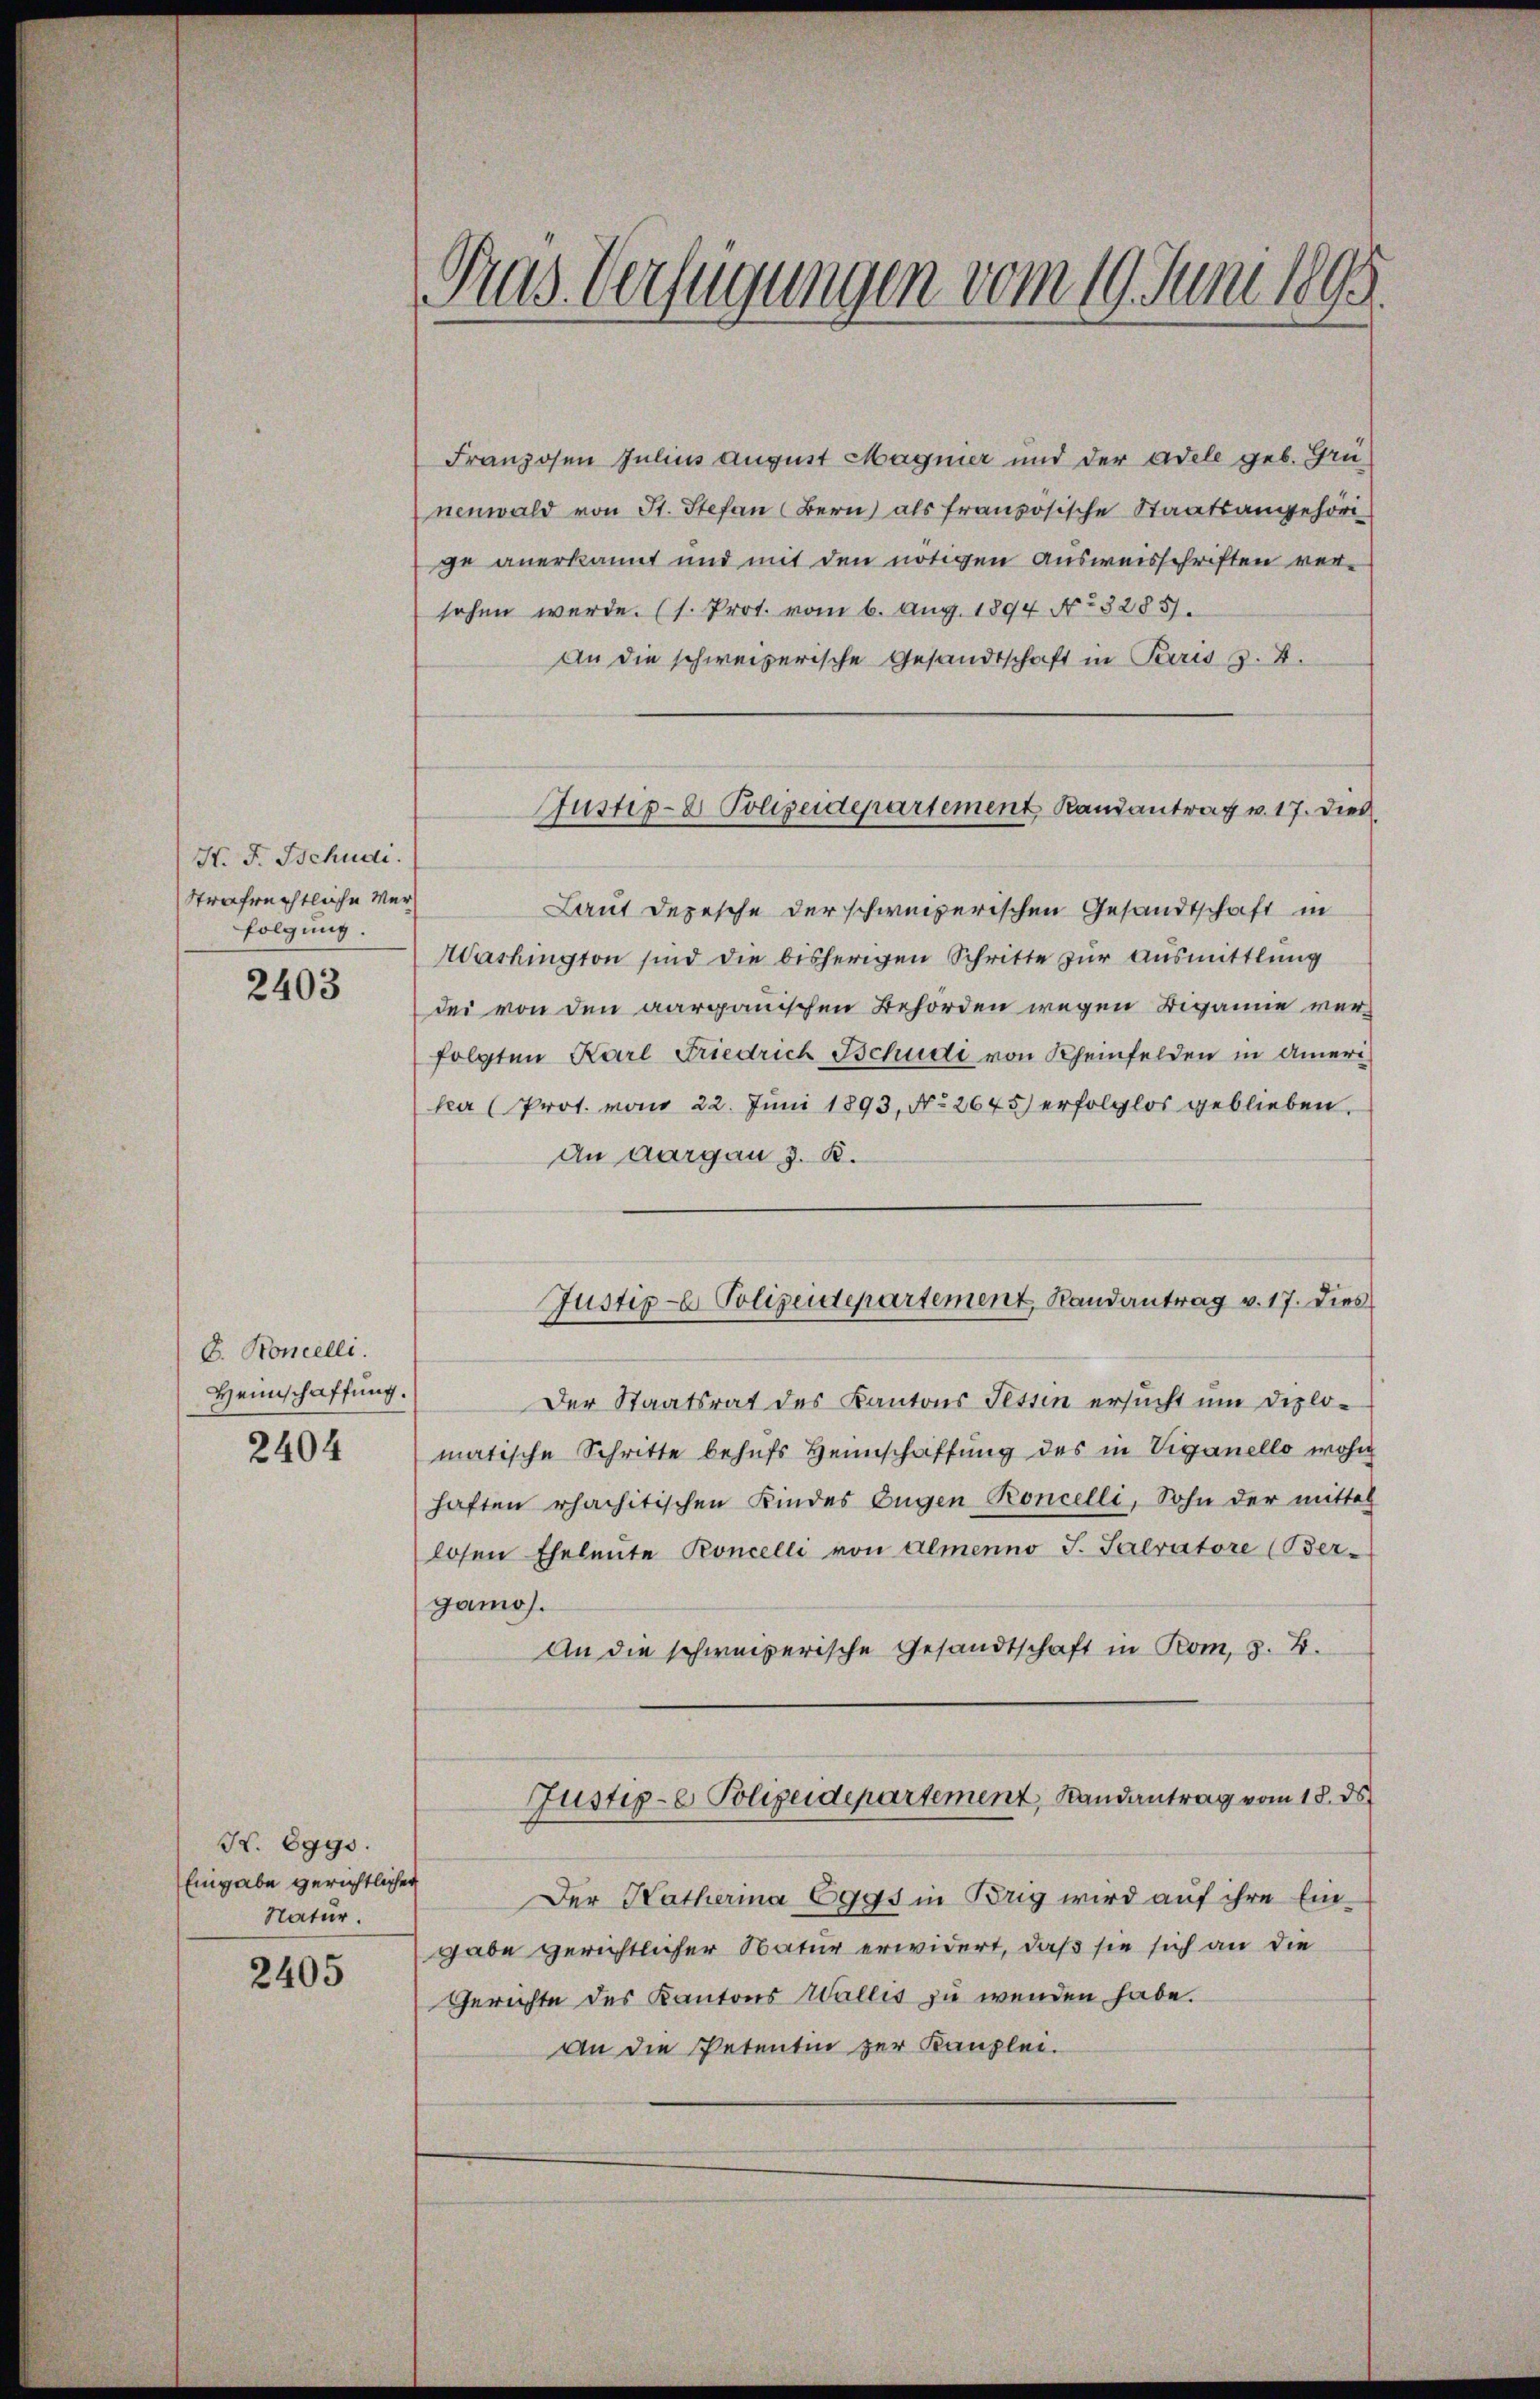
H. F. Schudi.
Strafrechtliche Verfolgung.

2403

C. Koncelli.
Heimschaffung.
2404

K. Eggs.
Eingabe gerichtlicher
Natur.

2405

Pras Verfügungen vom 19. Juni 1895

Franzosen Julius August Magnier und der Adele geb. Grünenwald von St. Stefan Bern) als französische Staatsangehöri
ge anerkannt und mit den nötigen Ausweisschriften ver-
sehen werde. (s. Prot. vom 6. Aug. 1894. No. 32851.
An die schweizerische Gesandtschaft in Paris z. 4.
Laut Depesche der schweizerischen Gesandtschaft in
Washington sind die bisherigen Schritte zur Ausmittlung
dei von den aargauischen Behörden wegen Digamie verfolgten Karl Friedrich Schudi von Rheinfelden in Amerika (Prot. vom 22. Juni 1893, No 2645) erfolglos geblieben.
An Aargau z. B.
Justiz- Polizeidepartement, Randantrag v. 17. Dies
Der Staatsrat des Kantons Tessin ersucht um Diplomatische Schritte behufs Heimschaffung des in Viganello wohin
haften erhachitischen Kindes Eugen Koncelli, Sohn der mittel
losen Eheleute Koncelli von Almenno J. Salratore (Ber-
gamos.
An die schweizerische Gesandtschaft in Rom, z. B.
Justiz-e Polizeidepartement, Randantrag vom 18. ds.
Der Hatherina 6995 in Brig wird auf ihre Eingabe gerichtlicher Natur erwidert, daß sie sich an die
Gerichte des Kantons Wallis zu wenden habe.
An die Petentin zur Kanzlei.

Justiz- & Polizeidepartement Randantrag v. 17. Dies